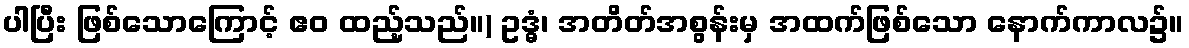
ပါပြီး ဖြစ်သောကြောင့် ဧဝ ထည့်သည်။) ဥဒ္ဓံ၊ အတိတ်အစွန်းမှ အထက်ဖြစ်သော နောက်ကာလ၌။